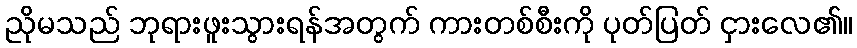
ညိုမသည် ဘုရားဖူးသွားရန်အတွက် ကားတစ်စီးကို ပုတ်ပြတ် ငှားလေ၏။